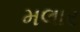
મલાર